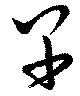
早